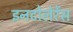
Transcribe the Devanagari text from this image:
इनटोलेरेंस